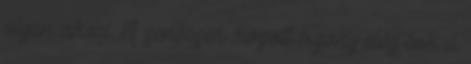
olyan akad A zenészek között bizony elég sok a